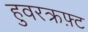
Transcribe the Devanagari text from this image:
हुवरक्रफ़्ट